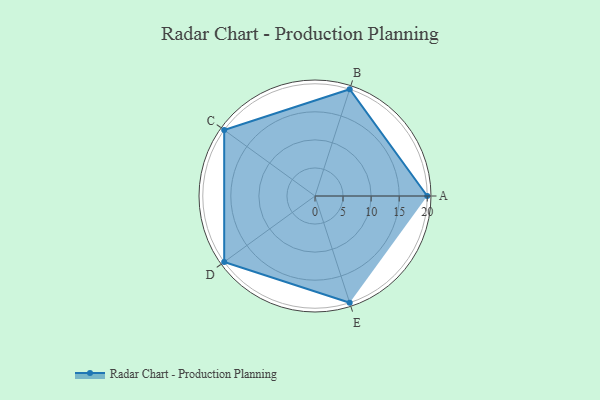
{"axis": {"x": "Skill", "y": "Score"}, "legend": ["Profile"], "data": [{"x": "A", "y": 20, "type": "Profile"}, {"x": "B", "y": 20, "type": "Profile"}, {"x": "C", "y": 20, "type": "Profile"}, {"x": "D", "y": 20, "type": "Profile"}, {"x": "E", "y": 20, "type": "Profile"}]}